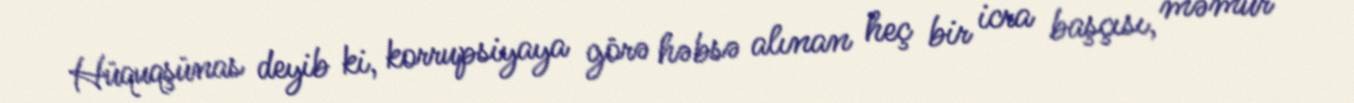
Hüquqşünas deyib ki, korrupsiyaya görə həbsə alınan heç bir icra başçısı, məmur